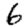
Digit: 6